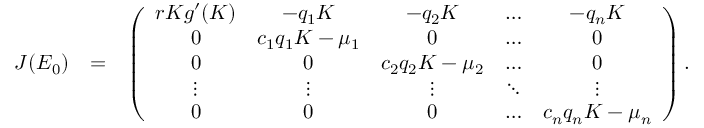
\begin{array} { r l r } { J ( E _ { 0 } ) } & { = } & { \left( \begin{array} { c c c c c } { r K g ^ { \prime } ( K ) } & { - q _ { 1 } K } & { - q _ { 2 } K } & { \hdots } & { - q _ { n } K } \\ { 0 } & { c _ { 1 } q _ { 1 } K - \mu _ { 1 } } & { 0 } & { \hdots } & { 0 } \\ { 0 } & { 0 } & { c _ { 2 } q _ { 2 } K - \mu _ { 2 } } & { \hdots } & { 0 } \\ { \vdots } & { \vdots } & { \vdots } & { \ddots } & { \vdots } \\ { 0 } & { 0 } & { 0 } & { \hdots } & { c _ { n } q _ { n } K - \mu _ { n } } \end{array} \right) . } \end{array}